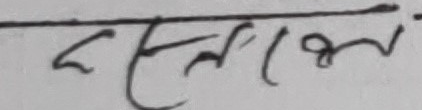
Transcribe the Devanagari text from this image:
सलाम